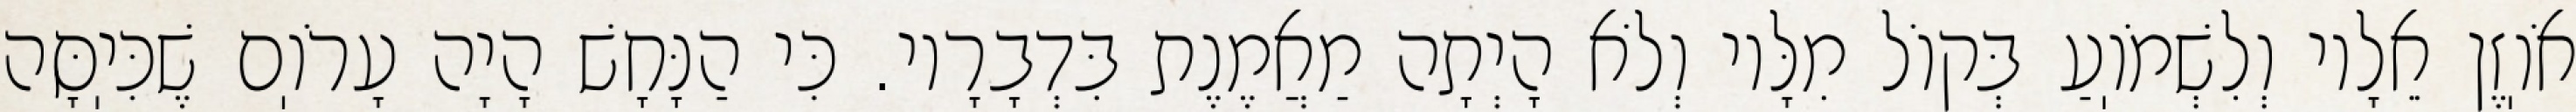
אֹוֽזֶן אֵלָיו וְלִשְׁמֹוֽעַ בְּקוֹל מִלָּיו וְלֹא הָיְתָה מַאֲמֶנֶת בִּדְבָרָיו. כִּי הַנָּחָשׁ הָיָה עָרֹוֽם שֶׁכִּיֽסָּה